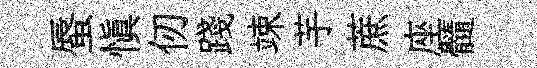
蜃愼仞踐竦芋蔗座髓